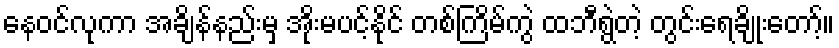
နေဝင်လုကာ အချိန်နည်းမှ အိုးမပင့်နိုင် တစ်ကြိမ်ကွဲ ထဘီရွဲတဲ့ တွင်းရေချိုးတော့်။